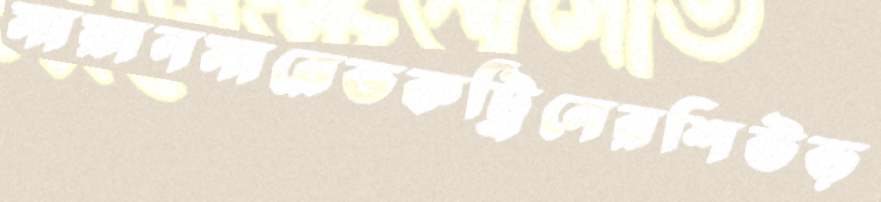
মায়ানমারেডকট্রিনেরশিউড়